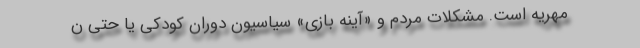
مهریه است. مشکلات مردم و «آینه بازی» سیاسیون دوران کودکی یا حتی ن